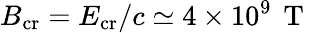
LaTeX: B_{\mathrm{cr}}=E_{\mathrm{cr}}/c\simeq 4\times 10^{9}\, \mathrm{~T~}